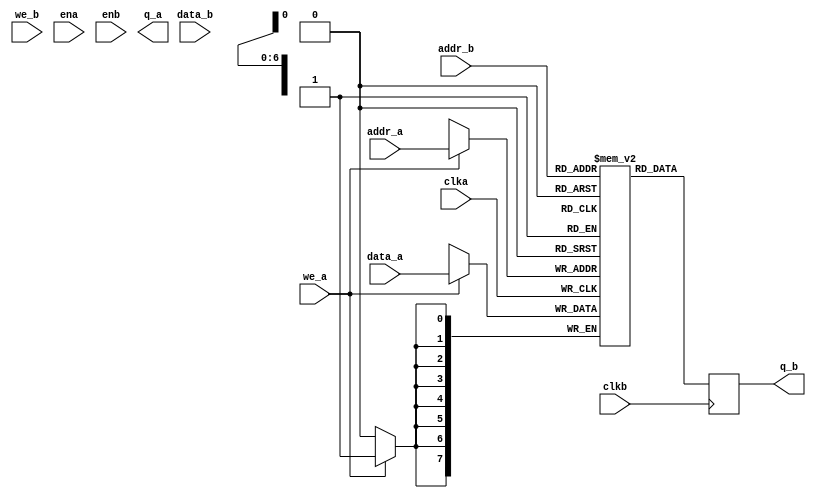
module dual_ram
(	                    
	input [7:0] data_a, data_b,
	input [6:0] addr_a, addr_b,
	input we_a, we_b, clka, clkb, ena, enb, 
	output reg [7:0] q_a, q_b
);
	// Declare the RAM variable
	(* ram_style="distributed" *) // distributed -- block
	reg [7:0] ram[127:0];
	// Port A
	always @ (posedge clka)//write
	begin
		//if (ena) 
		//begin
			if (we_a) begin
				ram[addr_a] <= data_a;			
			//else
				//q_a <= ram[addr_a];
		end
	end
	
	// Port B
	always @ (posedge clkb) //read
	begin
		//if (enb) 
		//begin
			//if (we_b)
				//ram[addr_b] <= data_b;				
			//else
				q_b <= ram[addr_b];
		//end
	end
	
endmodule